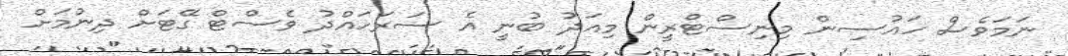
ނަމަވެސް ހައުސިން މިނިސްޓްރީން މިއަދު ބުނީ އެ ސަރަހައްދު ވެސްޓް ގޭޓަށް ދިނުމަށް